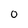
Character: O